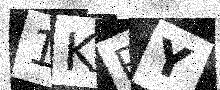
Text: 1KRY